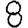
Digit: 8